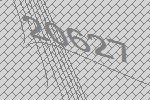
20627